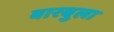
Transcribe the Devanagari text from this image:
बारबुला